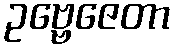
ဥဗ္ဗေဇေတာ